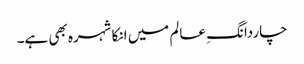
چاردانگِ عالم میں انکا شہرہ بھی ہے۔